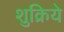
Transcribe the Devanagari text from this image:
शुक्रिये